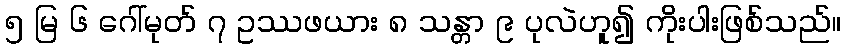
၅ မြ ၆ ဂေါ်မုတ် ၇ ဥဿဖယား ၈ သန္တာ ၉ ပုလဲဟူ၍ ကိုးပါးဖြစ်သည်။